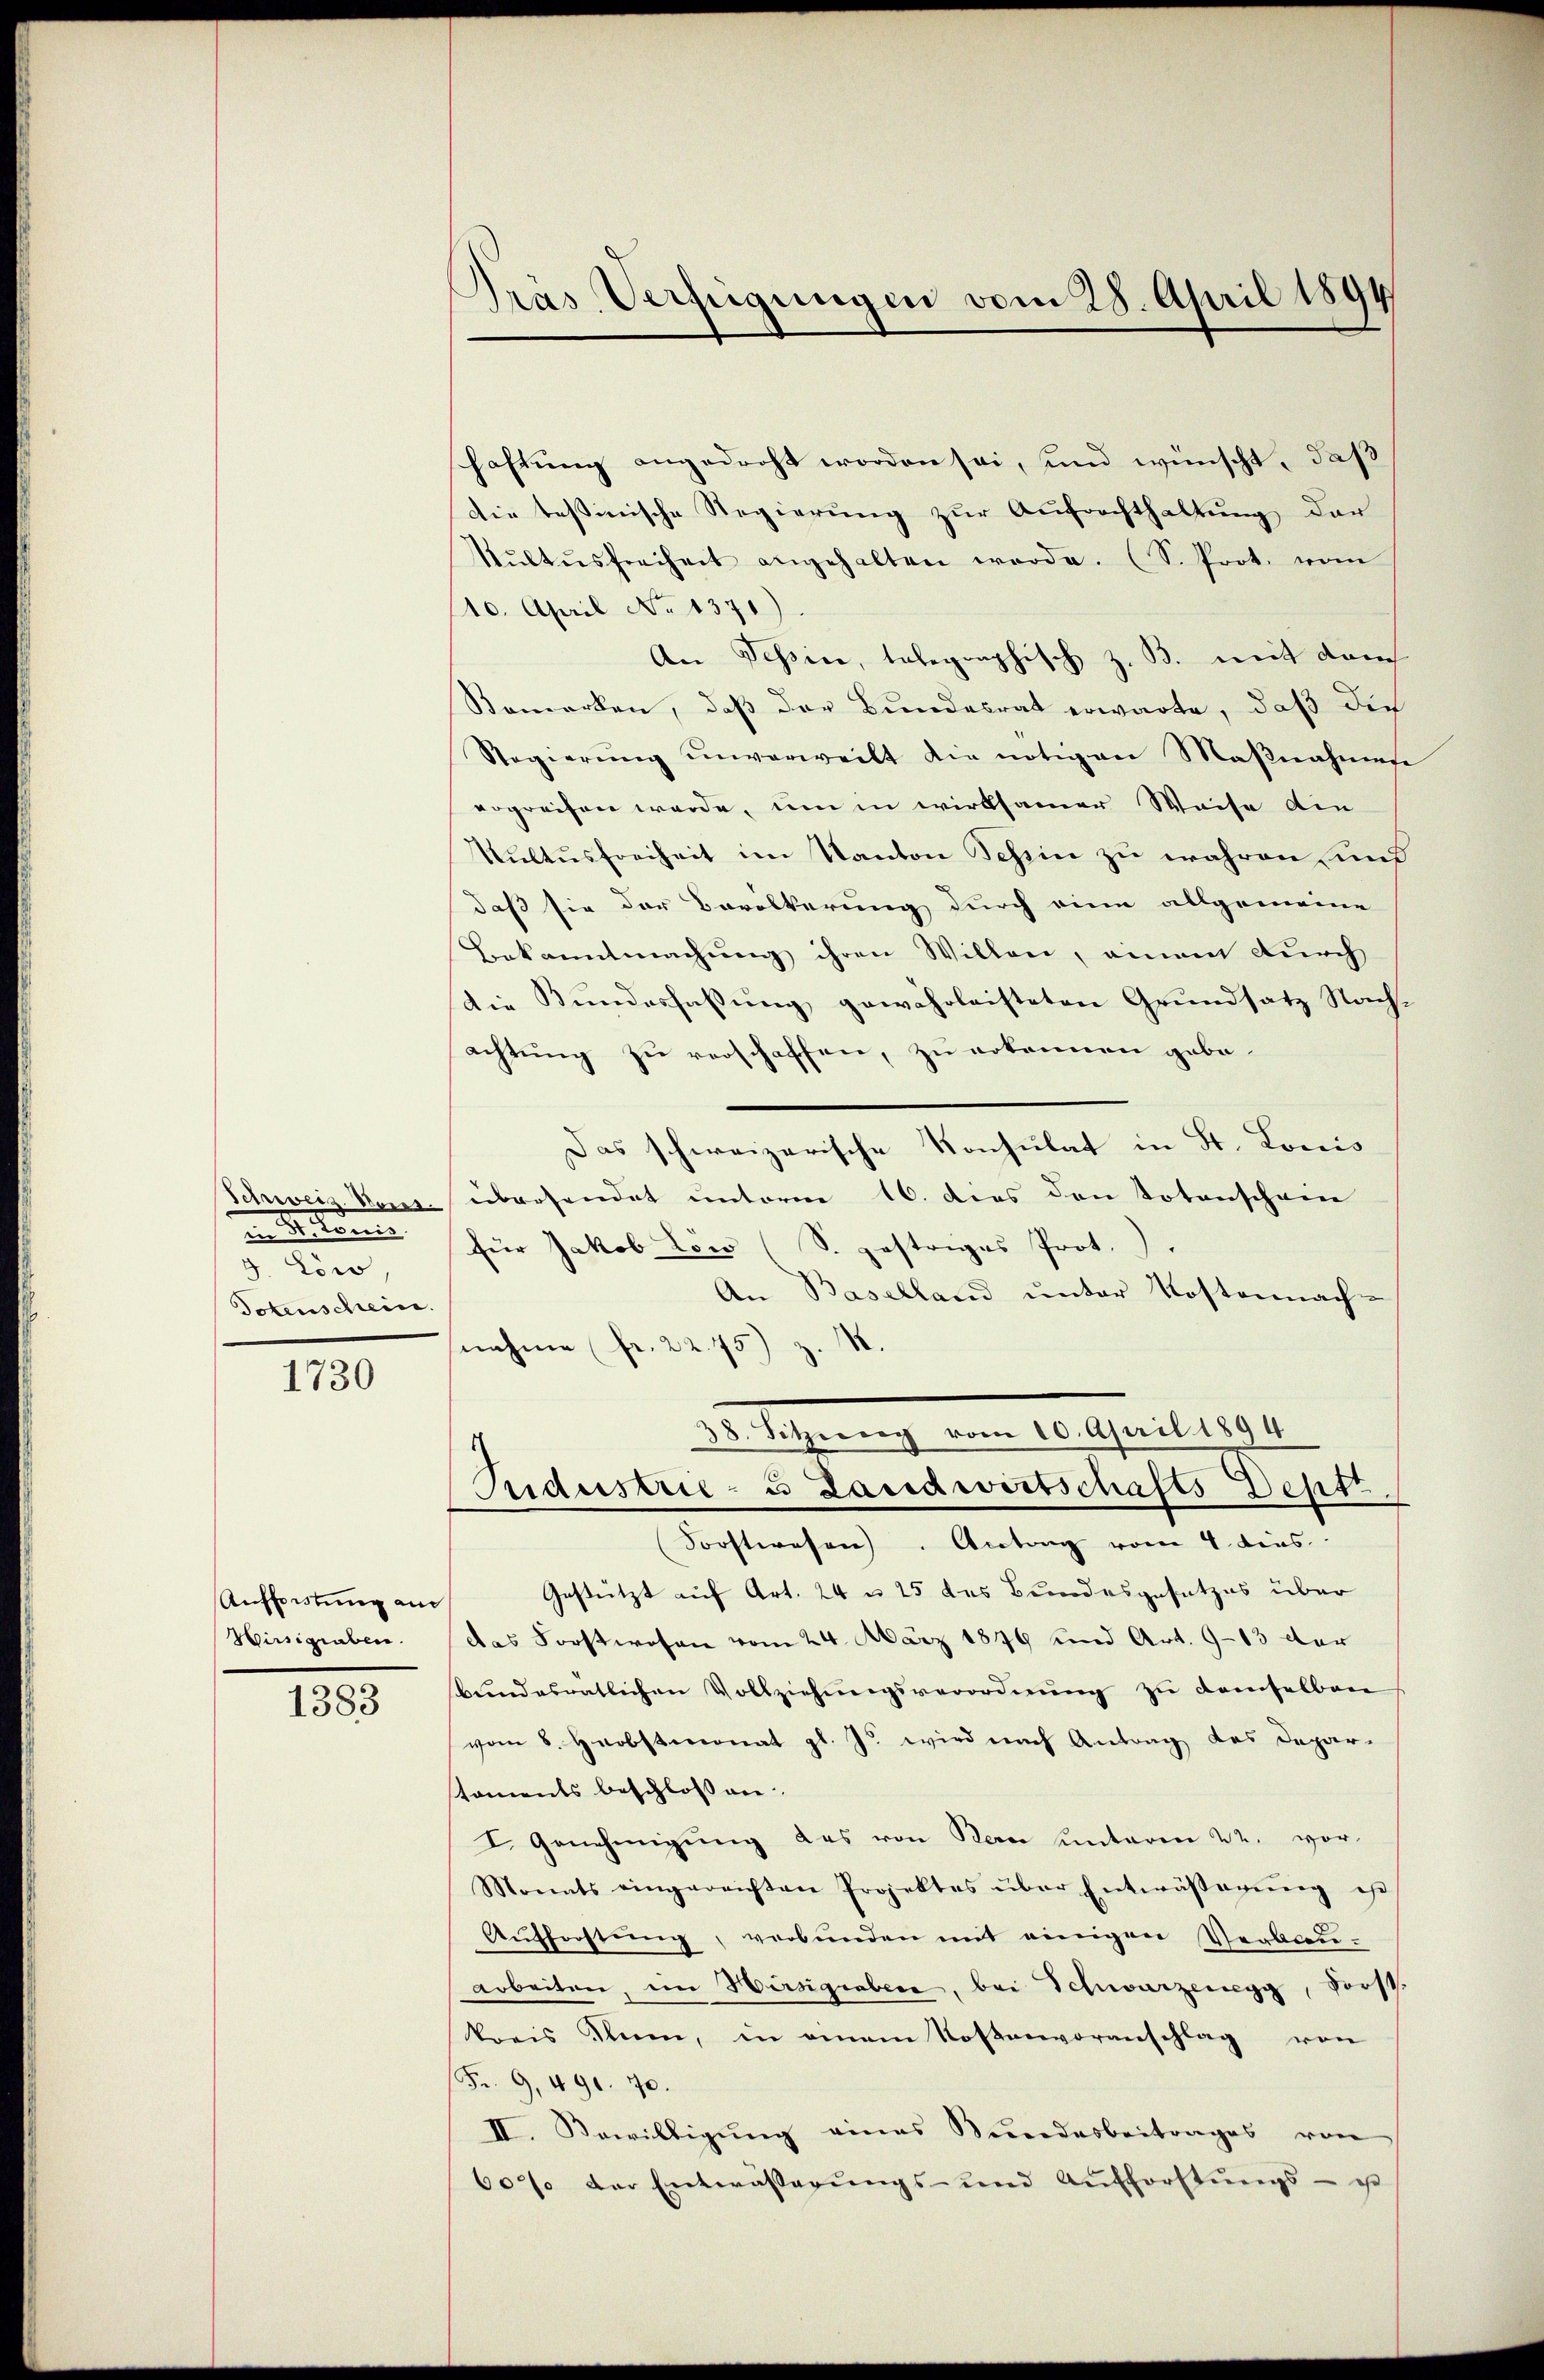
Schweiz. Weis
x
in 4. Louis.
dw
Totenschein.

1730

Aufforstung am
Virsigraben.

1383

Dräs Verzeigungen vom 28. April 1894

schaftung angedroht worden sei, und wünscht, daß
die Teßinische Regierung zur Aufrechthaltung der
Kŭltŭsfreiheit angehalten werde. (S. Prot. vom
110. April No 1370)
An Tessine, telegraphisch z. B. mit dem
Bemerken, daß der Bundesrat erwarte, daß die
Regierŭng ŭnverweilt die nötigen Maβnahmese
ergreifen werde, um in wirksamer Waise die
Kultusfreiheit im Kanton Schein zu wahren und
daß sie der Bevölkerung durch eine allgemeine
Bekanntmachung ihren Willen, einem durch
die Bundesfassung gewährleisteten Grundsatz Nachachtung zu verschaffen, zu erkennen gebe.
Das schweizerische Konsulat in St. Lonis
übersendet unterm 16. dies den Totenschein
für Jakob Löw (S. postriges Prot.
An Baselland unter Kostennachnahme (fr. 22. 75)
38. Sitzung vom 20. April 1894
Industrie- & Landwirtschafts Deptt
Forstwesen. Antrag vom 4. dies
Gestützt auf Art. 24 n 25 des Bundesgesetzes über
das Forstwesen vom 24. März 1849 und Art. 9-13 der
bŭndesrätlichen Vollziehŭngsverordnŭng zu demselbar
vom 8. Herbstmonat gl. Js. wird nach Antrag des Depar-
stoments beschlossen:
I. Genehmigŭng das von Bern unteren 22. vor-
Monats eingereichten Projektes über Entwässerŭng ehe
Aŭfforstŭng, verbunden mit einigen Verbauarbeiten, ein Würsigraben, bei Schwarzenegg, Forst
kreis Rum, in einem Kostenvoranschlag von
Fr. 9, 490. 70.
II. Sewilligung eines Bundesbeitrages von
60% der Entwässerŭngs- und Aufforstŭngs- u